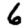
Digit: 6